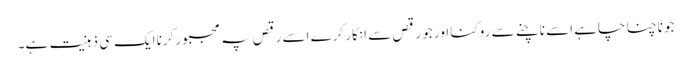
جو ناچنا چاہے اسے ناچنے سے روکنا اور جو رقص سے انکار کرے اسے رقص پہ مجبور کرنا ایک سی ذہنیت ہے۔